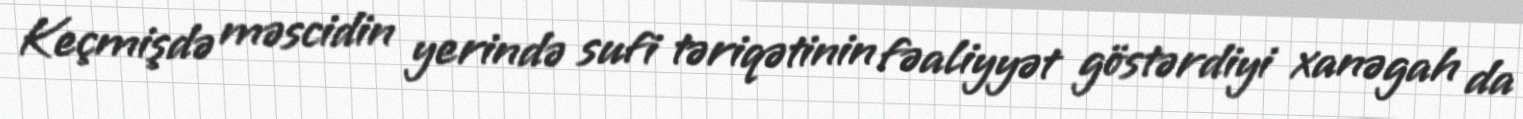
Keçmişdə məscidin yerində sufi təriqətinin fəaliyyət göstərdiyi xanəgah da